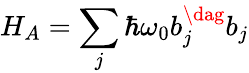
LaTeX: {H_{A}}=\sum_{j}^{}{\hbar{\omega_{0}}b_{j}^{\dag}}{b_{j}}